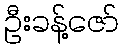
ဦးခန့်ဇော်